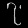
Digit: ၇